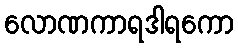
လောဏကာရဒါရကော